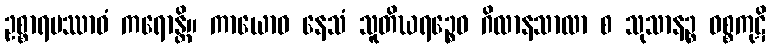
ဥစ္စာရပဿာဝံ ကရောန္တိ။ ကာယောဝ နေသံ သူတိဃရဉ္စေဝ ဂိလာနသာလာ စ သုသာနဉ္စ ဝစ္စကုဋိ